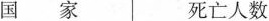
国家死亡人数